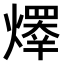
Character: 𤏵